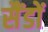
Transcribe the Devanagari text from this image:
सैंडों